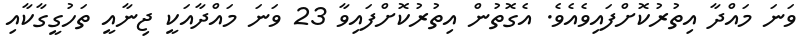
ވަނަ މައްދާ އިތުރުކޮށްފައިވެއެވެ. އެގޮތުން އިތުރުކޮށްފައިވާ 23 ވަނަ މައްދާއަކީ ޖިނާއީ ތަހުގީގާކާއި